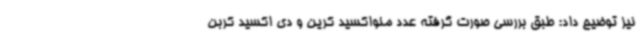
نیز توضیح داد: طبق بررسی صورت گرفته عدد منواکسید کرین و دی اکسید کربن